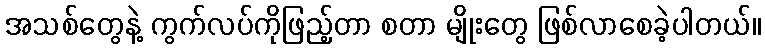
အသစ်တွေနဲ့ ကွက်လပ်ကိုဖြည့်တာ စတာ မျိုးတွေ ဖြစ်လာစေခဲ့ပါတယ်။